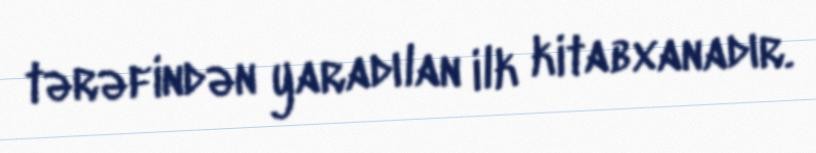
tərəfindən yaradılan ilk kitabxanadır.